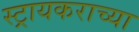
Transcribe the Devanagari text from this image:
स्ट्रायकराच्या